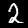
Label: 2